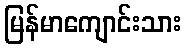
မြန်မာကျောင်းသား